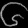
Digit: ၆